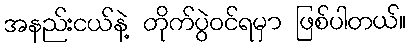
အနည်းငယ်နဲ့ တိုက်ပွဲဝင်ရမှာ ဖြစ်ပါတယ်။